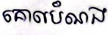
គោលបំណង